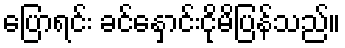
ပြောရင်း ခင်နှောင်းငိုမိပြန်သည်။